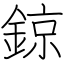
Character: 鍄